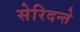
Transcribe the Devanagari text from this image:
सेरिदन्ते